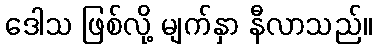
ဒေါသ ဖြစ်လို့ မျက်နှာ နီလာသည်။